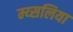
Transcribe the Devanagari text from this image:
म्य्सलिया